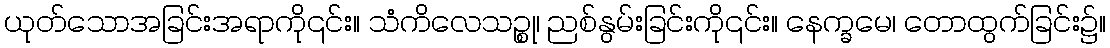
ယုတ်သောအခြင်းအရာကို၎င်း။ သံကိလေသဉ္စု၊ ညစ်နွမ်းခြင်းကို၎င်း။ နေက္ခမေ၊ တောထွက်ခြင်း၌။